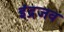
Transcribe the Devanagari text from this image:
इंद्रजव